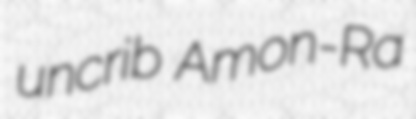
uncrib Amon-Ra